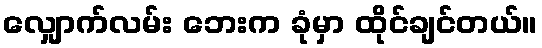
လျှောက်လမ်း ဘေးက ခုံမှာ ထိုင်ချင်တယ်။